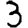
Digit: 3